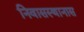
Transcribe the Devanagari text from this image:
निवासस्थानास